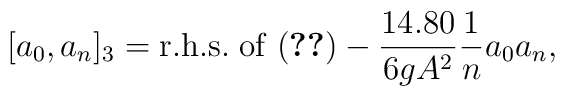
[a_{0},a_{n}]_{3}={\rm r.h.s. \; of \;}(\ref{explicit})-{14.80 \over 6gA^{2}}{1 \over n}a_{0}a_{n},